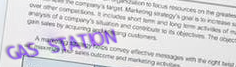
GAS STATION